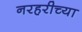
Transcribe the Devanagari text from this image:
नरहरीच्या